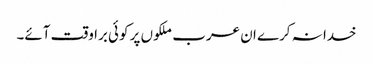
خدا نہ کرے ان عرب ملکوں پر کوئی برا وقت آئے۔